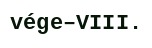
vége–VIII.